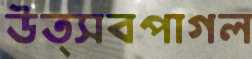
উত্সবপাগল